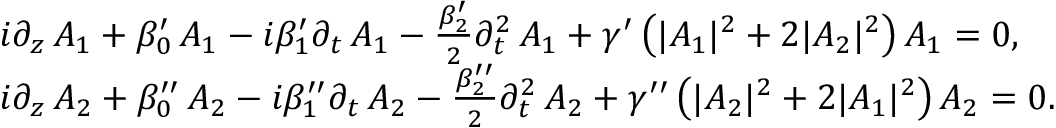
\begin{array} { r l } & { i \partial _ { z } \, A _ { 1 } + \beta _ { 0 } ^ { \prime } \, A _ { 1 } - i \beta _ { 1 } ^ { \prime } \partial _ { t } \, A _ { 1 } - \frac { \beta _ { 2 } ^ { \prime } } { 2 } \partial _ { t } ^ { 2 } \, A _ { 1 } + \gamma ^ { \prime } \left( | A _ { 1 } | ^ { 2 } + 2 | A _ { 2 } | ^ { 2 } \right) A _ { 1 } = 0 , } \\ & { i \partial _ { z } \, A _ { 2 } + \beta _ { 0 } ^ { \prime \prime } \, A _ { 2 } - i \beta _ { 1 } ^ { \prime \prime } \partial _ { t } \, A _ { 2 } - \frac { \beta _ { 2 } ^ { \prime \prime } } { 2 } \partial _ { t } ^ { 2 } \, A _ { 2 } + \gamma ^ { \prime \prime } \left( | A _ { 2 } | ^ { 2 } + 2 | A _ { 1 } | ^ { 2 } \right) A _ { 2 } = 0 . } \end{array}